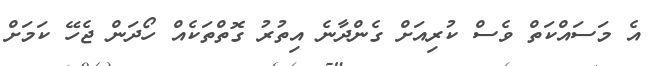
އެ މަސައްކަތް ވެސް ކުރިއަށް ގެންދާނެ އިތުރު ގޮތްތަކެއް ހޯދަން ޖެހޭ ކަމަށް